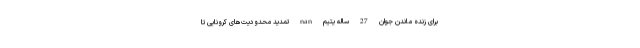
برای زنده ماندن جوان 27 ساله یتیم nan تمدید محدودیت‌های کرونایی تا